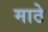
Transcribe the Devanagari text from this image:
माठे